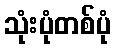
သုံးပုံတစ်ပုံ